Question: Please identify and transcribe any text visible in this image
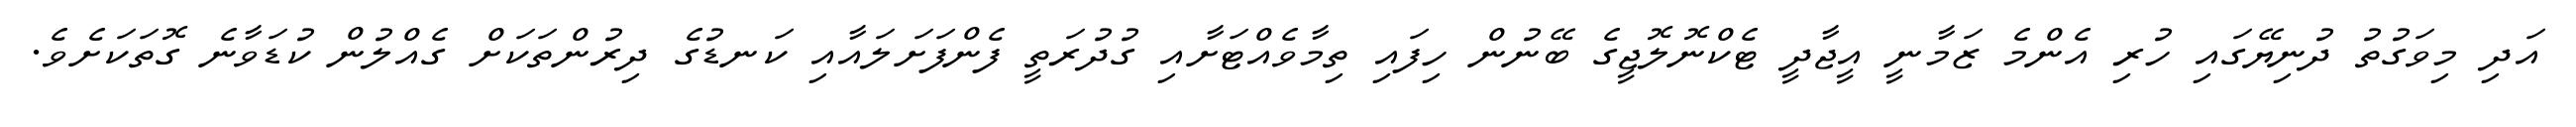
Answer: އަދި މިވަގުތު ދުނިޔޭގައި ހުރި އެންމެ ޒަމާނީ އީޖާދީ ޓެކްނޮލޮޖީގެ ބޭނުން ހިފައި ތިމާވެއްޓަށާއި ގުދުރަތީ ފެންފަށަލައާއި ކަނޑުގެ ދިރުންތަކަށް ގެއްލުން ކުޑަވާނެ ގޮތަކަށެވެ.